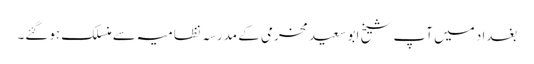
بغداد میں آپ شیخ ابو سعید مخرمی کے مدرسہ نظامیہ سے منسلک ہوگئے۔